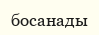
босанады